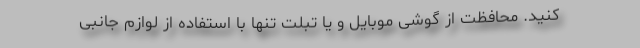
کنید. محافظت از گوشی موبایل و یا تبلت تنها با استفاده از لوازم جانبی